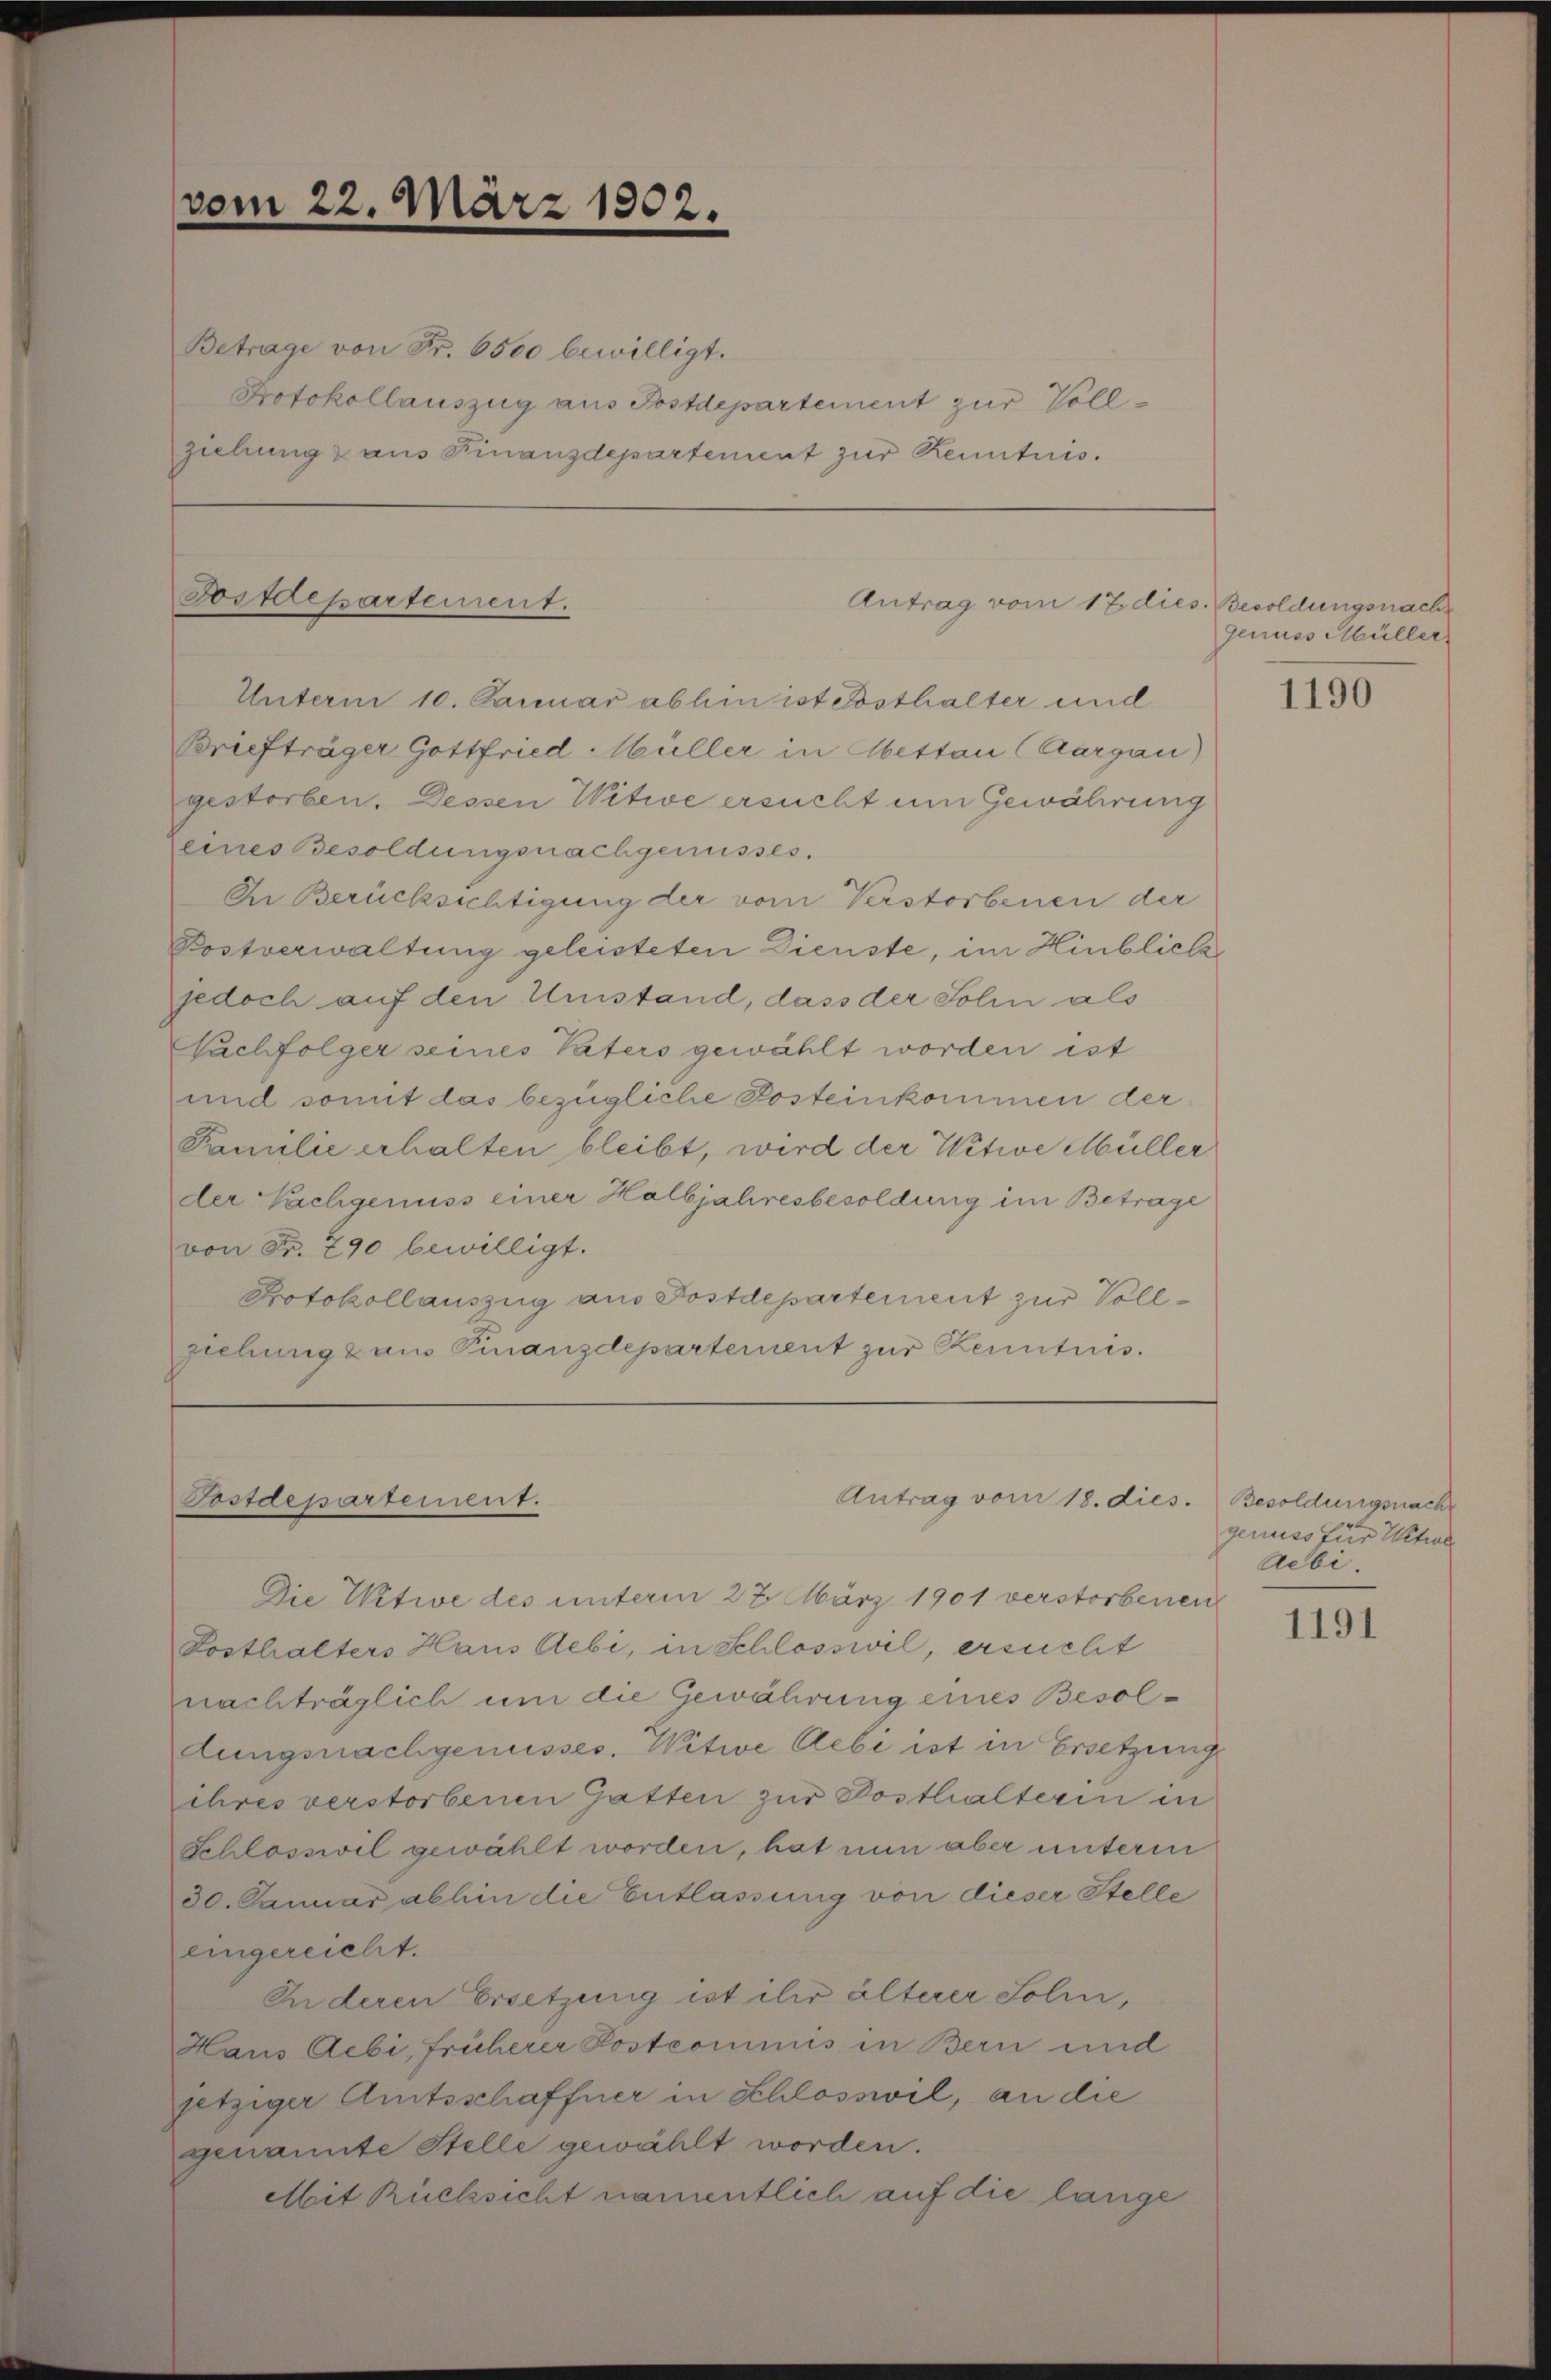
vom 22. März 1902.

Betrage von Fr. 6500 bewilligt.
Protokollauszug aus Postdepartement zur Vollziehung & aus Finanzdepartement zur Renntnis.

Fostdepartement.
Antrag vom 17. dies. Besoldungsnach
Unterm 10. Januar abhin ist Bosthalter und

Briefträger Gottfried-Wüller in Abeston (Aargau)
gestorben. Dessen Witwe ersucht um Gewährung
eines Besoldungsnachgenusses.
In Berücksichtigung der vom Verstorbenen der
Postverwaltung geleisteten Dienste, im Hinblicke
jedoch auf den Umstand, dass der Sohn als
Nachfolger seines Vaters gewählt worden ist
und somit das bezügliche Posteinkommen der
Familie erhalten bleibt, wird der Witwe Müller
der Nachgenuss einer Halbjahresbesoldung im Betrage
von Fr. 790 bewilligt.
Protokollauszug aus Postdepartement zur Vollziehung & aus Finanzdepartement zur Kenntnis.

Postdepartement.

Die Witwe des unterm 27. März 1901 verstorbenen
Losthalters Haus Aebi, in Schlosswil, ersucht
nachträglich um die Gewährung eines Besoldungsnachgenusses. Witwe Aebe ist in Ersetzung
ihres verstorbenen Gatten zur Posthalterin in
Schlosswil gewählt worden, hat nun aber unterm
30. Januar abhin die Entlassung von dieser Stelle
eingereicht.
Anderen Ersetzung ist ihr älterer Soli,
Haus Aebi, früherer Postcommis in Bern und
jetziger Amtsschaffner in Schlosswil, an die
genannte Stelle gewählt worden.
Mit Rücksicht namentlich auf die lange

Antrag vom 18. dies.

Genuss Müller

1190

Besoldungsnach
genuss für Witwe
Aebi.

1191